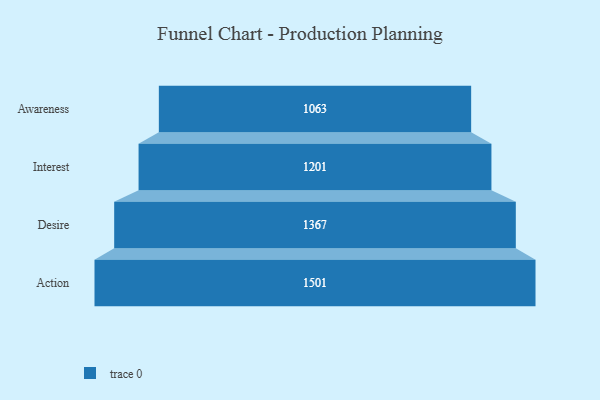
{"axis": {"x": "Stage", "y": "Value"}, "legend": [""], "data": [{"x": "Awareness", "y": 1063.0, "type": ""}, {"x": "Interest", "y": 1201.0, "type": ""}, {"x": "Desire", "y": 1367.0, "type": ""}, {"x": "Action", "y": 1501.0, "type": ""}]}